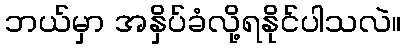
ဘယ်မှာ အနှိပ်ခံလို့ရနိုင်ပါသလဲ။